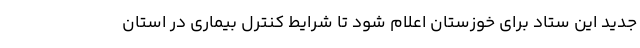
جدید این ستاد برای خوزستان اعلام شود تا شرایط کنترل بیماری در استان